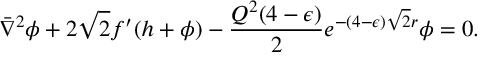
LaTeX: \bar { \nabla } ^ { 2 } \phi + 2 \sqrt 2 f ^ { \prime } ( h + \phi ) - { \frac { Q ^ { 2 } ( 4 - \epsilon ) } { 2 } } e ^ { - ( 4 - \epsilon ) \sqrt 2 r } \phi = 0 .